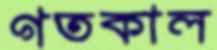
গতকাল